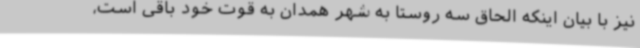
نیز با بیان اینکه الحاق سه روستا به شهر همدان به قوت خود باقی است،